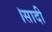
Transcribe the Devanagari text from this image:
।सादी